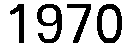
1970